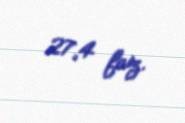
27,4 faiz.